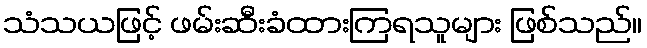
သံသယဖြင့် ဖမ်းဆီးခံထားကြရသူများ ဖြစ်သည်။